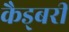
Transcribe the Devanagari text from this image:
कैड्बरी